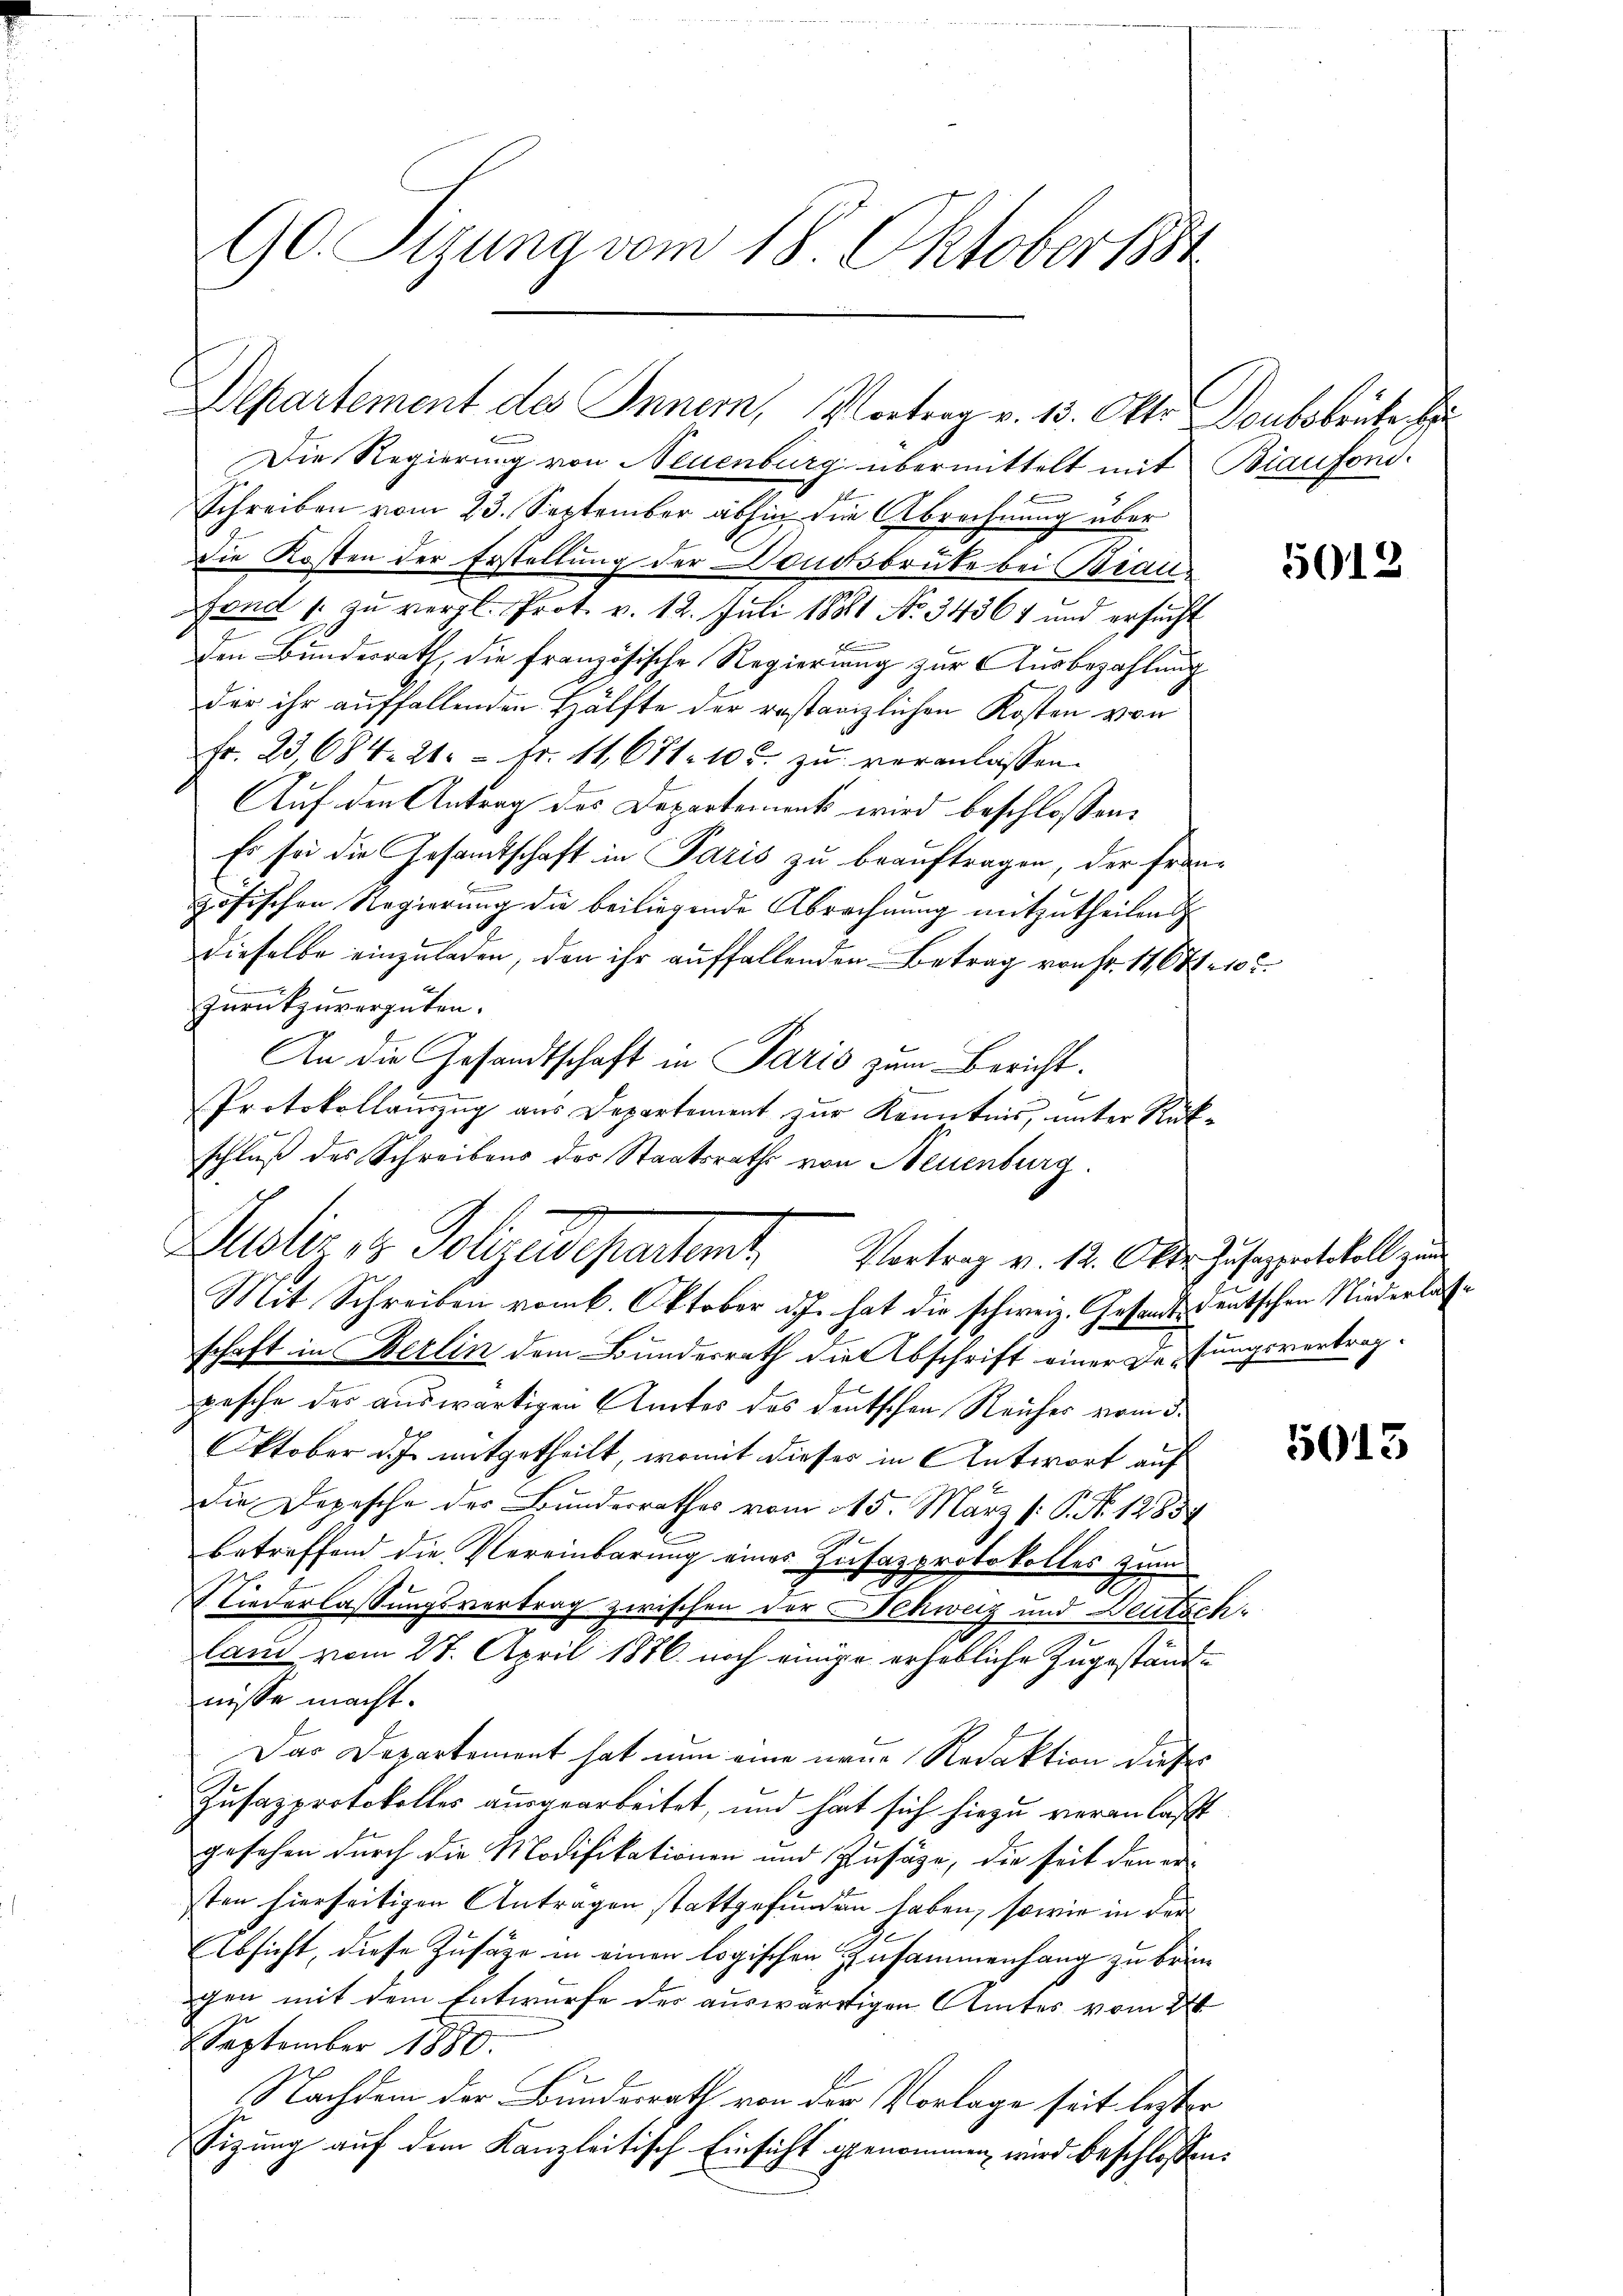
G Sizung vom 18. Oktoberst

Die Regierung von Neuenburg übermittelt mit Biaufond.
Schreiben vom 23. September abhin die Abrechnung über
Die Kosten der Erstellung der Dondsbruke bei Brau-
fond 1 zu vergl. Prot. v. 12. Juli 1881 No. 34361 und ersucht
den Bundesrath, die französische Regierung zur Ausbezahlung
der ihr auffallenden Hälfte der restanzlichen Kosten von
Fr. 23, 684. 21. pr. 11. 671. 105. zu veranlassen.
Auf den Antrag des Departement wird beschlossen:
Es sei die Gesamtschaft in Paris zu beauftragen, der Französischen Regierung die beiliegende Abrechnung mitzutheilend
dieselbe einzuladen, den ihr auffallenden Betrag von Fr. 11, 641 105.
zurückzuvergüten.
An die Gesandtschaft in Paris zum Bericht.
Protokollauszug aus Departement zur Kenntnis, unter Rükschluß des Schreibens der Staatsraths von Neuenburg.
Mit Schreiben vom 6. Oktober d.J. hat die schweiz. Gesandts deutschen Niederlasschaft in Berlin dem Bundesrath die Abschrift einer Deutungsvertrag.
pesche der auswärtigen Amtes des deutschen Reiches vom 3.
Oktober d. J. mitgetheilt, womit dieses in Antwort auf
die Depesche der Bundesrathes vom 15. März /: P. Nr. 12854
betreffend die Vereinbarung eines Zusatzprotokolles zum
Niederlassungsvertrag zwischen der Schweiz und Deutschlam vom 27. April 1876 noch einige erhebliche Zugestände
nisse macht.
Das Departement hat nun eine neue Redaktion dieses
Jusazprotokolles ausgearbeitet, und hat sich hiezu veranlaßt
gesehen durch die Modifikationen und Zusage, die seit den erten hierseitigen Antragen stattgefunden haben, sowie in der
Absicht, diese Zusage in einen logischen Zusammenhang zu bringen mit dem Entwurfe der auswärtigen Amtes vom 22
SSeptember 1880.
Nachdem der Bundesrath von der Vorlage seit lezter
Sizung auf dem Kanzleitisch Einsicht genommen wird beschlossen:

Departement des Innern, Vortrag v. 13. Okto Doubobrüke H

Justiz & Polizeidepartamt Vortrag v. 12. Okt. Zusepartokoll zu

5013

5013